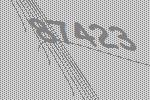
87423